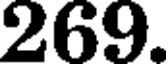
269.